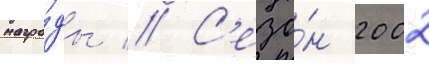
награ́ды // С'езо́н 2002